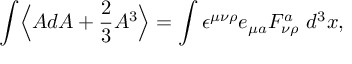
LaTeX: \int \Bigl \langle A d A + \frac { 2 } { 3 } A ^ { 3 } \Bigr \rangle = \int \epsilon ^ { \mu \nu \rho } e _ { \mu a } F _ { \nu \rho } ^ { a } ~ d ^ { 3 } x ,